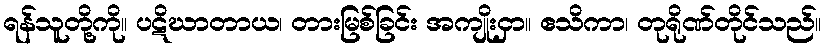
ရန်သူတို့ကို။ ပဋိဃာတာယ၊ တားမြစ်ခြင်း အကျိုးငှာ။ ဧသိကာ၊ တုရိုဏ်တိုင်သည်။